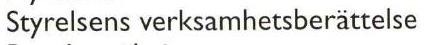
Styrelsens verksamhetsberáttelse